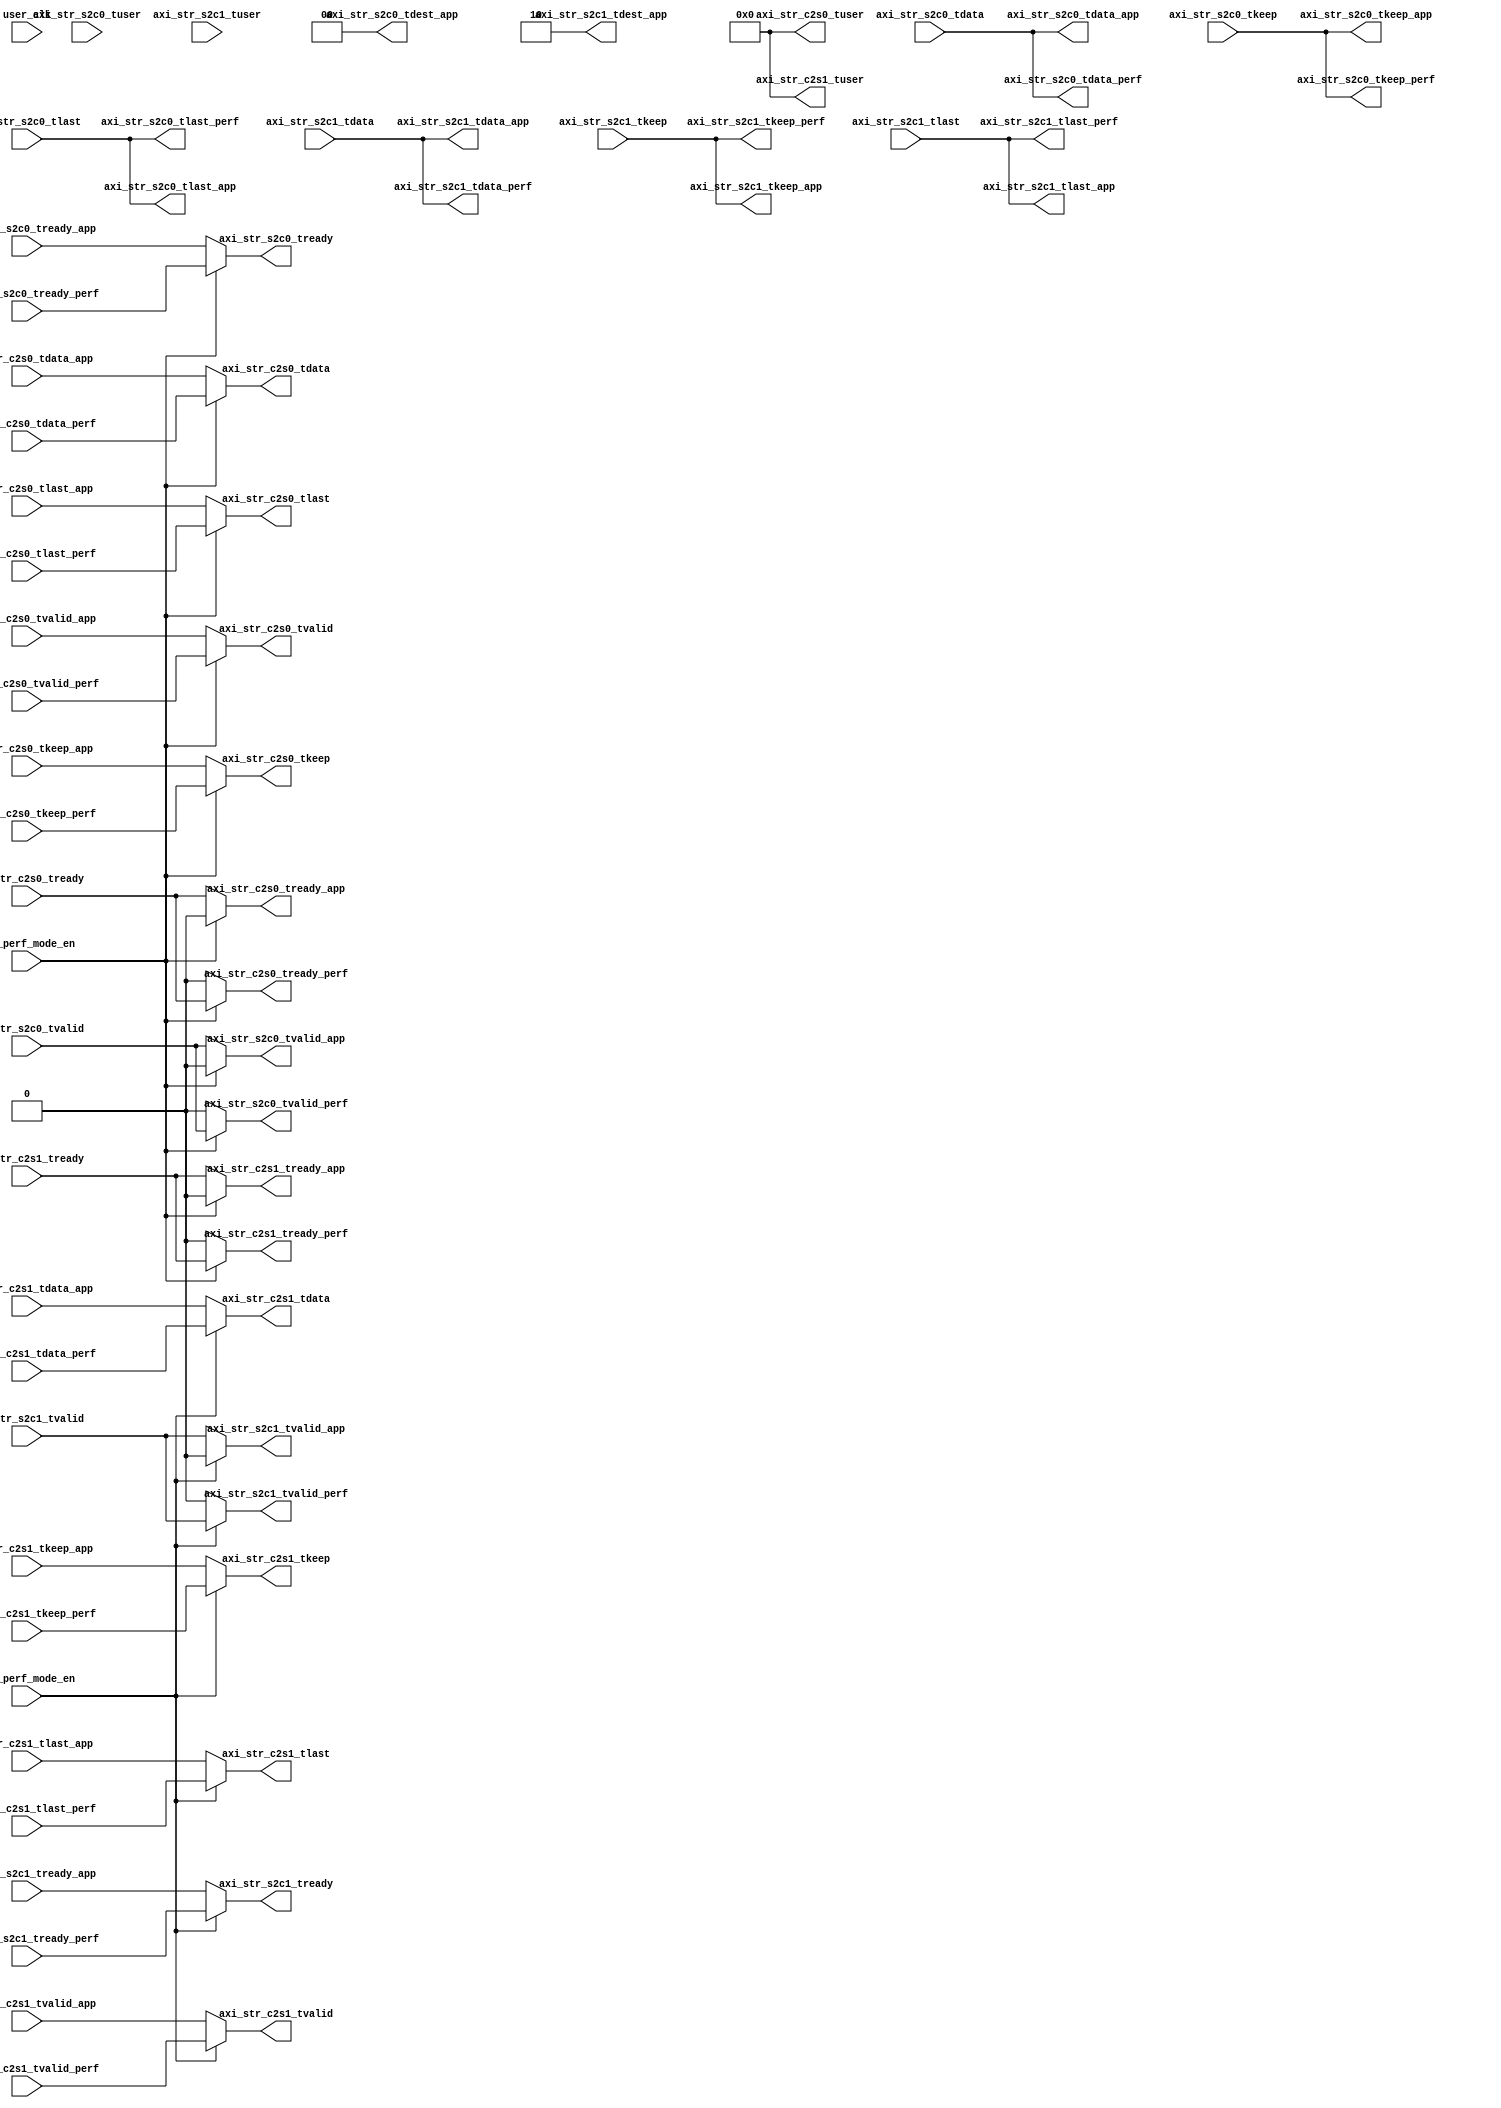
//-----------------------------------------------------------------------------
//
// (c) Copyright 2012-2013 Xilinx, Inc. All rights reserved.
//
// This file contains confidential and proprietary information of Xilinx, Inc.
// and is protected under U.S. and international copyright and other
// intellectual property laws.
//
// DISCLAIMER
//
// This disclaimer is not a license and does not grant any rights to the
// materials distributed herewith. Except as otherwise provided in a valid
// license issued to you by Xilinx, and to the maximum extent permitted by
// applicable law: (1) THESE MATERIALS ARE MADE AVAILABLE "AS IS" AND WITH ALL
// FAULTS, AND XILINX HEREBY DISCLAIMS ALL WARRANTIES AND CONDITIONS, EXPRESS,
// IMPLIED, OR STATUTORY, INCLUDING BUT NOT LIMITED TO WARRANTIES OF
// MERCHANTABILITY, NON-INFRINGEMENT, OR FITNESS FOR ANY PARTICULAR PURPOSE;
// and (2) Xilinx shall not be liable (whether in contract or tort, including
// negligence, or under any other theory of liability) for any loss or damage
// of any kind or nature related to, arising under or in connection with these
// materials, including for any direct, or any indirect, special, incidental,
// or consequential loss or damage (including loss of data, profits, goodwill,
// or any type of loss or damage suffered as a result of any action brought by
// a third party) even if such damage or loss was reasonably foreseeable or
// Xilinx had been advised of the possibility of the same.
//
// CRITICAL APPLICATIONS
//
// Xilinx products are not designed or intended to be fail-safe, or for use in
// any application requiring fail-safe performance, such as life-support or
// safety devices or systems, Class III medical devices, nuclear facilities,
// applications related to the deployment of airbags, or any other
// applications that could lead to death, personal injury, or severe property
// or environmental damage (individually and collectively, "Critical
// Applications"). Customer assumes the sole risk and liability of any use of
// Xilinx products in Critical Applications, subject only to applicable laws
// and regulations governing limitations on product liability.
//
// THIS COPYRIGHT NOTICE AND DISCLAIMER MUST BE RETAINED AS PART OF THIS FILE
// AT ALL TIMES.
//

module perf_app_mux
(
input                            user_clk,
//input                            c2s0_axis_clk,
//input                            c2s1_axis_clk,
//input                            s2c0_axis_clk,
//input                            s2c1_axis_clk,
//input                            s2c0_app_clk,
//input                            s2c0_perf_clk,
//input                            s2c1_app_clk,
//input                            s2c1_perf_clk,
//input                            c2s0_app_clk,
//input                            c2s0_perf_clk,
//input                            c2s1_app_clk,
//input                            c2s1_perf_clk,
output                           axi_str_s2c0_tvalid_app,
output [127:0]                   axi_str_s2c0_tdata_app,
input                           axi_str_s2c0_tready_app,
output [15:0]                    axi_str_s2c0_tkeep_app,
output                           axi_str_s2c0_tlast_app,
output [1:0]                     axi_str_s2c0_tdest_app,


output                           axi_str_s2c1_tvalid_app,
output [127:0]                           axi_str_s2c1_tdata_app,
input                           axi_str_s2c1_tready_app,
output [15:0]                   axi_str_s2c1_tkeep_app,
output                           axi_str_s2c1_tlast_app,
output [1:0]                     axi_str_s2c1_tdest_app,


output                           axi_str_s2c0_tvalid_perf,
output [127:0]                          axi_str_s2c0_tdata_perf,
input                           axi_str_s2c0_tready_perf,
output [15:0]                   axi_str_s2c0_tkeep_perf,
output                           axi_str_s2c0_tlast_perf,
//output [63:0]                    axi_str_s2c0_tuser_perf,

output                           axi_str_s2c1_tvalid_perf,
output [127:0]                   axi_str_s2c1_tdata_perf,
input                            axi_str_s2c1_tready_perf,
output [15:0]                    axi_str_s2c1_tkeep_perf,
output                           axi_str_s2c1_tlast_perf,
//output [63:0]                    axi_str_s2c1_tuser_perf,

    output [63:0]                   axi_str_c2s0_tuser, 
    input                           axi_str_c2s0_tready, 
    output                          axi_str_c2s0_tvalid, 
    output [127:0]                  axi_str_c2s0_tdata, 
    output                          axi_str_c2s0_tlast, 
    output  [15:0]                  axi_str_c2s0_tkeep,
    
    output [63:0]                   axi_str_c2s1_tuser,
    input                           axi_str_c2s1_tready, 
    output                          axi_str_c2s1_tvalid, 
    output [127:0]                  axi_str_c2s1_tdata, 
    output                          axi_str_c2s1_tlast, 
    output [15:0]                   axi_str_c2s1_tkeep,

    input                           ch0_perf_mode_en,
    input                           ch1_perf_mode_en,
    

    output                          axi_str_c2s0_tready_app,
    input                           axi_str_c2s0_tvalid_app,
    input [127:0]                   axi_str_c2s0_tdata_app,
    input                           axi_str_c2s0_tlast_app,
    input [15:0]                    axi_str_c2s0_tkeep_app,
    
    output                          axi_str_c2s0_tready_perf,    
//    input [63:0]                    axi_str_c2s0_tuser_perf,
    input                           axi_str_c2s0_tvalid_perf,    
    input [127:0]                   axi_str_c2s0_tdata_perf,    
    input                           axi_str_c2s0_tlast_perf,    
    input [15:0]                    axi_str_c2s0_tkeep_perf,
    
    output                          axi_str_c2s1_tready_app,
    input                           axi_str_c2s1_tvalid_app,
    input [127:0]                   axi_str_c2s1_tdata_app,
    input                           axi_str_c2s1_tlast_app,
    input [15:0]                    axi_str_c2s1_tkeep_app,
    
    output                          axi_str_c2s1_tready_perf,    
  //  input [63:0]                    axi_str_c2s1_tuser_perf,
    input                           axi_str_c2s1_tvalid_perf,    
    input [127:0]                   axi_str_c2s1_tdata_perf,    
    input                           axi_str_c2s1_tlast_perf,    
    input [15:0]                    axi_str_c2s1_tkeep_perf,
        
    input                           axi_str_s2c0_tvalid,
    input  [127:0]                  axi_str_s2c0_tdata,
    output                          axi_str_s2c0_tready,
    input   [15:0]                  axi_str_s2c0_tkeep,
    input                           axi_str_s2c0_tlast,
    input   [63:0]                  axi_str_s2c0_tuser,
    
    input                           axi_str_s2c1_tvalid,
    input [127:0]                   axi_str_s2c1_tdata,
    output                          axi_str_s2c1_tready,
    input  [15:0]                   axi_str_s2c1_tkeep,
    input                           axi_str_s2c1_tlast,
    input   [63:0]                  axi_str_s2c1_tuser

);

  // - Multiplexed connection to DMA ports
  /*
   *  When performance mode operation is enabled, DMA ports are connected
   *  to the generator/checker modules otherwise, they are connected to the
   *  applications connected to the respective ports.
   */

  //- Do no write data to Virtual FIFO when GEN/CHK performance mode is
  //  enabled
  assign axi_str_s2c0_tvalid_app = ch0_perf_mode_en ? 1'b0 :
                                          axi_str_s2c0_tvalid;
  assign axi_str_s2c1_tvalid_app = ch1_perf_mode_en ? 1'b0 :
                                          axi_str_s2c1_tvalid;
  assign axi_str_s2c0_tdest_app = 2'b00;
  assign axi_str_s2c1_tdest_app = 2'b10;

  //- Disable data validity to checker when not in GEN/CHK performance mode
  assign axi_str_s2c0_tvalid_perf = ch0_perf_mode_en ? axi_str_s2c0_tvalid :
                                          1'b0;
  assign axi_str_s2c1_tvalid_perf = ch1_perf_mode_en ? axi_str_s2c1_tvalid :
                                          1'b0;
                                          
  assign  axi_str_s2c0_tdata_perf = axi_str_s2c0_tdata;           
  assign  axi_str_s2c0_tuser_perf = axi_str_s2c0_tuser; 
  assign  axi_str_s2c0_tkeep_perf = axi_str_s2c0_tkeep; 
  assign  axi_str_s2c0_tlast_perf = axi_str_s2c0_tlast;      
                
  assign  axi_str_s2c0_tdata_app = axi_str_s2c0_tdata;           
  assign  axi_str_s2c0_tkeep_app = axi_str_s2c0_tkeep; 
  assign  axi_str_s2c0_tlast_app = axi_str_s2c0_tlast;    
  
  assign  axi_str_s2c1_tdata_perf = axi_str_s2c1_tdata;           
  assign  axi_str_s2c1_tuser_perf = axi_str_s2c1_tuser; 
  assign  axi_str_s2c1_tkeep_perf = axi_str_s2c1_tkeep; 
  assign  axi_str_s2c1_tlast_perf = axi_str_s2c1_tlast;      
                
  assign  axi_str_s2c1_tdata_app = axi_str_s2c1_tdata;           
  assign  axi_str_s2c1_tkeep_app = axi_str_s2c1_tkeep; 
  assign  axi_str_s2c1_tlast_app = axi_str_s2c1_tlast;   
  
  assign axi_str_s2c0_tready  = ch0_perf_mode_en ? axi_str_s2c0_tready_perf :
                                  axi_str_s2c0_tready_app;              

  assign axi_str_c2s0_tuser = 64'd0 ;
  
  assign axi_str_s2c1_tready  = ch1_perf_mode_en ? axi_str_s2c1_tready_perf :
                                axi_str_s2c1_tready_app;

  assign axi_str_c2s0_tvalid  = ch0_perf_mode_en  ? axi_str_c2s0_tvalid_perf :
                                  axi_str_c2s0_tvalid_app;
  assign axi_str_c2s0_tdata   = ch0_perf_mode_en  ? axi_str_c2s0_tdata_perf :
                                  axi_str_c2s0_tdata_app;
  assign axi_str_c2s0_tlast   = ch0_perf_mode_en  ? axi_str_c2s0_tlast_perf :
                                  axi_str_c2s0_tlast_app;
  assign axi_str_c2s0_tkeep   = ch0_perf_mode_en  ? axi_str_c2s0_tkeep_perf :
                                  axi_str_c2s0_tkeep_app;

  assign axi_str_c2s0_tready_app = ch0_perf_mode_en  ? 1'b0 :
                                  axi_str_c2s0_tready;
                                 
  assign axi_str_c2s0_tready_perf = ch0_perf_mode_en  ? axi_str_c2s0_tready :
                                   1'b0;
                                  
  assign axi_str_c2s1_tuser = 64'd0 ;

  assign axi_str_c2s1_tvalid  = ch1_perf_mode_en  ? axi_str_c2s1_tvalid_perf :
                                  axi_str_c2s1_tvalid_app;
  assign axi_str_c2s1_tdata   = ch1_perf_mode_en  ? axi_str_c2s1_tdata_perf :
                                  axi_str_c2s1_tdata_app;
  assign axi_str_c2s1_tlast   = ch1_perf_mode_en  ? axi_str_c2s1_tlast_perf :
                                  axi_str_c2s1_tlast_app;
  assign axi_str_c2s1_tkeep   = ch1_perf_mode_en  ? axi_str_c2s1_tkeep_perf :
                                  axi_str_c2s1_tkeep_app;

  assign axi_str_c2s1_tready_app = ch0_perf_mode_en  ? 1'b0 :
                                  axi_str_c2s1_tready;
                                 
  assign axi_str_c2s1_tready_perf = ch0_perf_mode_en  ? axi_str_c2s1_tready :
                                   1'b0;


endmodule